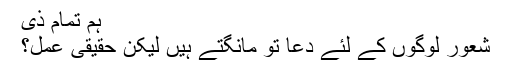
ہم تمام ذی
شعور لوگوں کے لئے دعا تو مانگتے ہیں لیکن حقیقی عمل؟